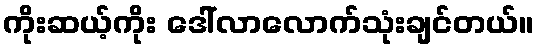
ကိုးဆယ့်ကိုး ဒေါ်လာလောက်သုံးချင်တယ်။